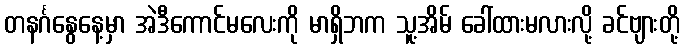
တနင်္ဂနွေနေ့မှာ အဲဒီကောင်မလေးကို မာရှိဘက သူ့အိမ် ခေါ်ထားမလားလို့ ခင်ဗျားတို့